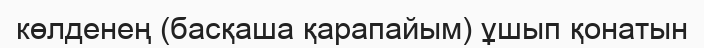
көлденең (басқаша қарапайым) ұшып қонатын